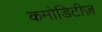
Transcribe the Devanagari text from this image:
कमोडिटीज़